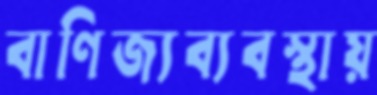
বাণিজ্যব্যবস্থায়